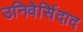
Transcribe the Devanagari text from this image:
उनिवेर्सिदाद